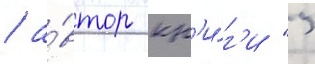
/ а́втор кн'и́г'и "'